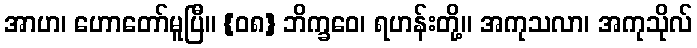
အာဟ၊ ဟောတော်မူပြီ။ {၀၈} ဘိက္ခဝေ၊ ရဟန်းတို့။ အကုသလာ၊ အကုသိုလ်